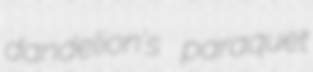
dandelion's paraquet